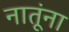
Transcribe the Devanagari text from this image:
नातूंना